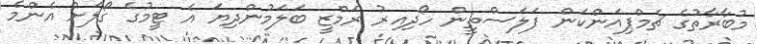
މުބާރާތުގެ ޗެމްޕިއަންކަން ފަލަސްތީން ހޯދިއިރު ރަމްޒީ ބަލަމުންދިޔަ އެ ޓީމުގެ ގޯލަށް އެންމެ